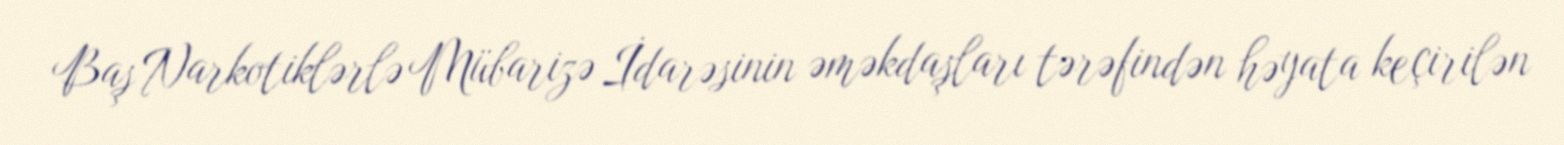
Baş Narkotiklərlə Mübarizə İdarəsinin əməkdaşları tərəfindən həyata keçirilən